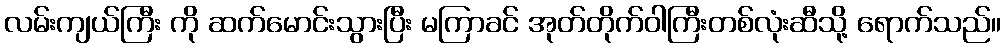
လမ်းကျယ်ကြီး ကို ဆက်မောင်းသွားပြီး မကြာခင် အုတ်တိုက်ဝါကြီးတစ်လုံးဆီသို့ ရောက်သည်။